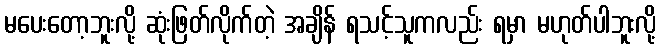
မပေးတော့ဘူးလို့ ဆုံးဖြတ်လိုက်တဲ့ အချိန် ရသင့်သူကလည်း ရမှာ မဟုတ်ပါဘူးလို့